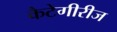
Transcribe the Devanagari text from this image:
कैटेगीरीज